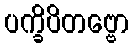
ပက္ခိပိတဗ္ဗော